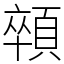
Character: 顇